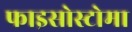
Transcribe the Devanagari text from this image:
फाइसोस्टोमा